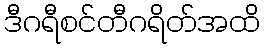
ဒီဂရီစင်တီဂရိတ်အထိ